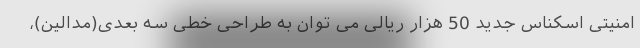
امنیتی اسکناس جدید 50 هزار ریالی می توان به طراحی خطی سه بعدی(مدالین)،